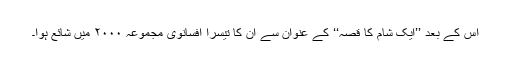
اس کے بعد ’’ایک شام کا قصہ‘‘ کے عنوان سے ان کا تیسرا افسانوی مجموعہ ۲۰۰۰ میں شائع ہوا۔